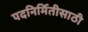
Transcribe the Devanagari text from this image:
पदनिर्मितीसाठी